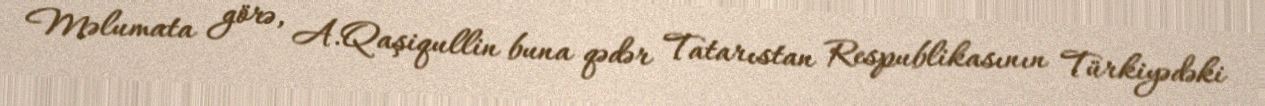
Məlumata görə, A.Qaşiqullin buna qədər Tatarıstan Respublikasının Türkiyədəki